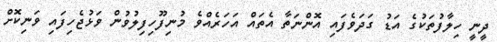
ދީނީ ހިލާފުތަކުގެ އަޑު ގަދަވެފައި އޮންނަތާ އެތައް އަހަރެއްވެ މުނިފޫހިފިލުވުން ވަޅުޖެހިފައި ވަނިކޮށް